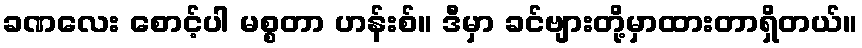
ခဏလေး စောင့်ပါ မစ္စတာ ဟန်းစ်။ ဒီမှာ ခင်ဗျားတို့မှာထားတာရှိတယ်။